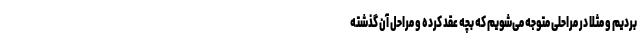
بردیم و مثلا در مراحلی متوجه می‌شویم که بچه عقد کرده و مراحل آن گذشته